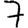
Digit: 7